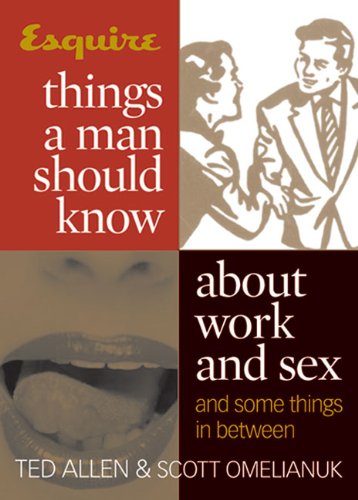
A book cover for Esquire Things a Man Should Know About Work and Sex (and Some Things in Between); Ted Allen; Business & Money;